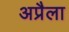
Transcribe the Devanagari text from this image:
अप्रैला